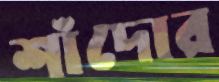
শাঁদোর